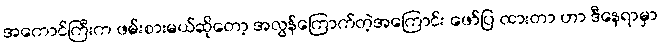
အကောင်ကြီးက ဖမ်းစားမယ်ဆိုတော့ အလွန်ကြောက်တဲ့အကြောင်း ဖော်ပြ ထားတာ ဟာ ဒီနေရာမှာ